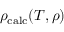
\rho _ { \mathrm { c a l c } } ( T , \rho )